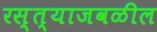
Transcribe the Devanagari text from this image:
रस्त्याजवळील